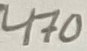
Text: 170